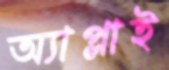
অ্যাপ্লাই